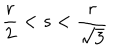
\frac { r } { 2 } < s < \frac { r } { \sqrt { 3 } }